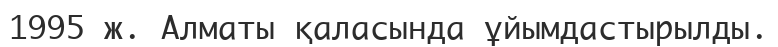
1995 ж. Алматы қаласында ұйымдастырылды.